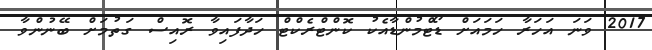
2017 ވަނަ އަހަރާ ހަމައަށް ޑޯޓްމުންޑާއެކު ކޮންޓްރެކްޓް ހަދާފައިވާ ރޮއިސް ގަތުމަށް ބޭނުންވާ